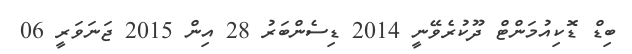
ބިޑް ޑޮކިއުމަންޓް ދޫކުރެވޭނީ 2014 ޑިސެންބަރު 28 އިން 2015 ޖަނަވަރީ 06